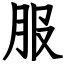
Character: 服